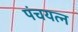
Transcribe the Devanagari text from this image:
पंचयत्‍न